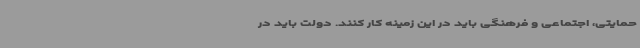
حمایتی، اجتماعی و فرهنگی باید در این زمینه کار کنند. دولت باید در